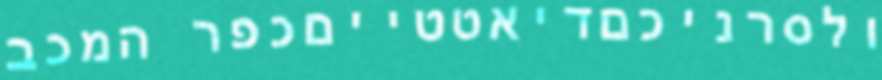
ולסרניכםדיאטטייםכפר המכב